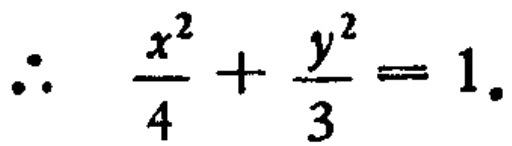
\[\therefore \quad \frac{x^{2}}{4}+\frac{y^{2}}{3}=1.\]